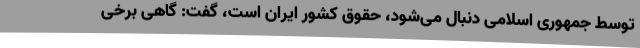
توسط جمهوری اسلامی دنبال می‌شود، حقوق کشور ایران است، گفت: گاهی برخی